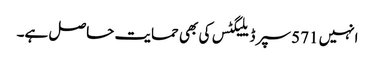
انہیں 571 سپر ڈیلیگٹس کی بھی حمایت حاصل ہے۔